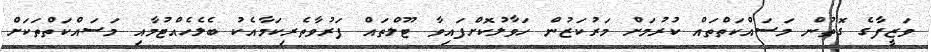
ވަޒީފާގެ ގޮތުން މަސައްކަތްތައް ކުރުމަށް މަރުކަޒުން ހަވާލުކޮށްފައިވާ ޓޫލްތައް ފަރުވާތެރިކަމާއެކު ބެލެހެއްޓުމާއި މަސައްކަތްތަކަށް